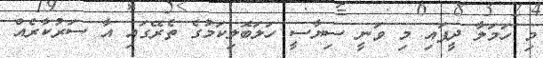
މި ހަމަލާ ދީފައި މި ވަނީ ސިޔާސީ ހަލަބޮލިކަމުގެ ތެރޭގައި އާ ސަރުކާރެއް